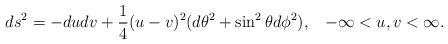
LaTeX: \begin{align*}ds^{2}=-dudv+\frac{1}{4}(u-v)^{2}(d\theta^{2}+\sin^{2}\theta d\phi^{2}),\;\;\; -\infty<u,v<\infty.\end{align*}